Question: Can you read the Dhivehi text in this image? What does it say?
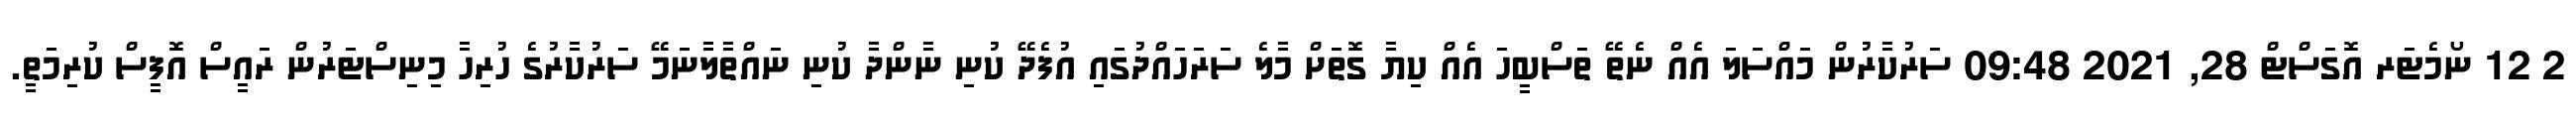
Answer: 2 12 ނޯމެޓަރ އޮގަސްޓް 28, 2021 09:48 ސަރުކާރުން މައްސަލަ އެއް ނެތޭ ތަސްބީހަ އެއް ކިޔާ ގޮތަށް މާލެ ސަރަހައްދުގައި އުފެދޭ ކުނި ނާންދާ ކުނި ނައްތާލާނަމޭ ސަރުކާރުގެ ހުރިހާ މިނިސްޓަރުން ރައީސް އޮފީސް ކުރިމަތީ.